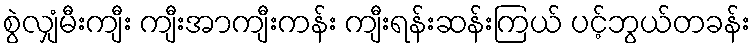
စွဲလျှံမီးကျီး ကျီးအာကျီးကန်း ကျီးရန်းဆန်းကြယ် ပင့်ဘွယ်တခန်း